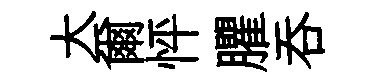
大爾怦臞吞